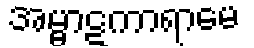
အမ္ဗာဋကာရာမေ